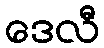
ဒေလီ